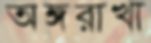
অঙ্গরাখা